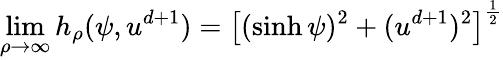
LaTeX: \operatorname*{lim}_{\rho\to\infty}h_{\rho}(\psi,u^{d+1})=\left[(\sinh\psi)^{2}+(u^{d+1})^{2}\right]^{\frac{1}{2}}